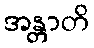
အန္တာတိ